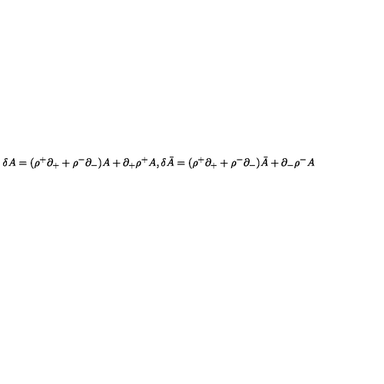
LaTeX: \delta A = ( \rho ^ { + } \partial _ { + } + \rho ^ { - } \partial _ { - } ) A + \partial _ { + } \rho ^ { + } A , \delta \bar { A } = ( \rho ^ { + } \partial _ { + } + \rho ^ { - } \partial _ { - } ) \bar { A } + \partial _ { - } \rho ^ { - } A